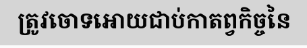
ត្រូវចោទអោយជាប់កាតព្វកិច្ចនៃ